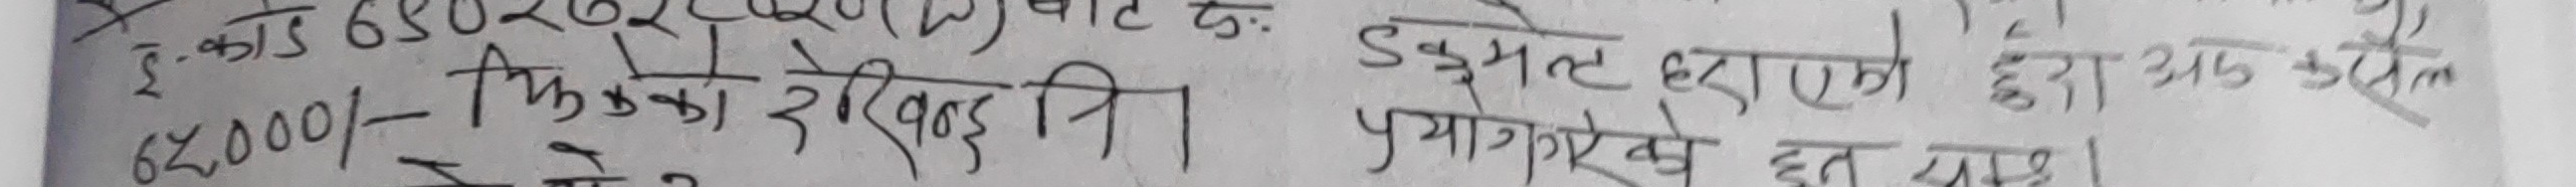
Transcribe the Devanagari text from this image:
इ. काड 6580261 (10) बाट का.
62000/- तिर्नुको देखिन्छ।
डकुमेन्ट हरुको द्वारा एक उद्यम
प्रमाणित हेर्नु पर्छ।